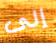
إلى